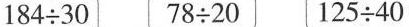
$$184\div 30$$ $$78\div 20$$ $$125\div 40$$